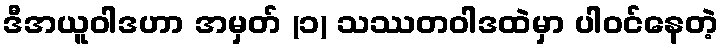
ဒီအယူဝါဒဟာ အမှတ် (၁) သဿတဝါဒထဲမှာ ပါဝင်နေတဲ့